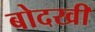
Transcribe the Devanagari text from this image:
बोदखी